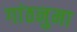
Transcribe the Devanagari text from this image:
गांठनुमा